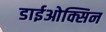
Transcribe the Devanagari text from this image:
डाईओक्सिन